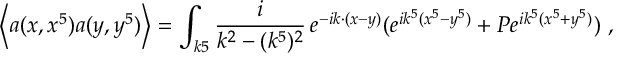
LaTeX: \left\langle { a ( x , x ^ { 5 } ) a ( y , y ^ { 5 } ) } \right\rangle = \int _ { k 5 } { \frac { i } { k ^ { 2 } - ( k ^ { 5 } ) ^ { 2 } } } \, e ^ { - i k \cdot ( x - y ) } ( e ^ { i k ^ { 5 } ( x ^ { 5 } - y ^ { 5 } ) } + P e ^ { i k ^ { 5 } ( x ^ { 5 } + y ^ { 5 } ) } ) \ ,